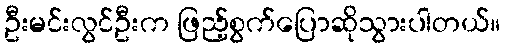
ဦးမင်းလွင်ဦးက ဖြည့်စွက်ပြောဆိုသွားပါတယ်။